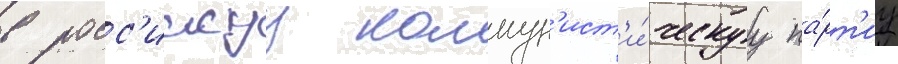
в росс'иискуу коммун'ист'и́ческуу па́рт'иу